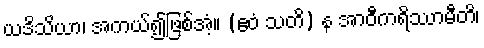
ယဒိသိယာ၊ အကယ်၍ဖြစ်အံ့။ (ဧဝံ သတိ) န အာဝီကရိဿာမီတိ၊